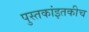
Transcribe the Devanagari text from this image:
पुस्तकांइतकीच